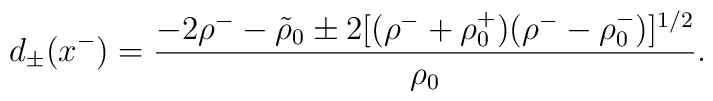
d_\pm (x^-) = {-2\rho^- - \tilde{\rho}_0 \pm 2 [(\rho^- + \rho_0^+)(\rho^- -\rho_0^-)]^{1/2}\over\rho_0}.